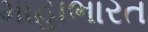
માહાભારત